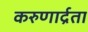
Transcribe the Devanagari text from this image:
करुणार्द्रता